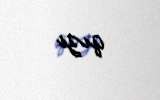
qızı.